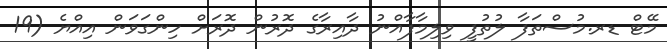
މޭޓް ޑރ.މުސްތަފާ ލުތުފީ ވިލިމާފާއްނު ދާއިރާގެ ދޮރުން ދޮރަށް ހިންގަވަން އިއްޔެ (19